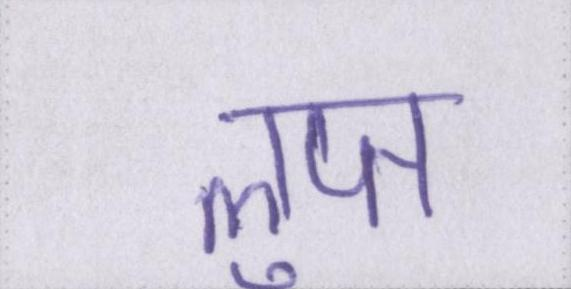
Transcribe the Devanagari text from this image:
लुप्त